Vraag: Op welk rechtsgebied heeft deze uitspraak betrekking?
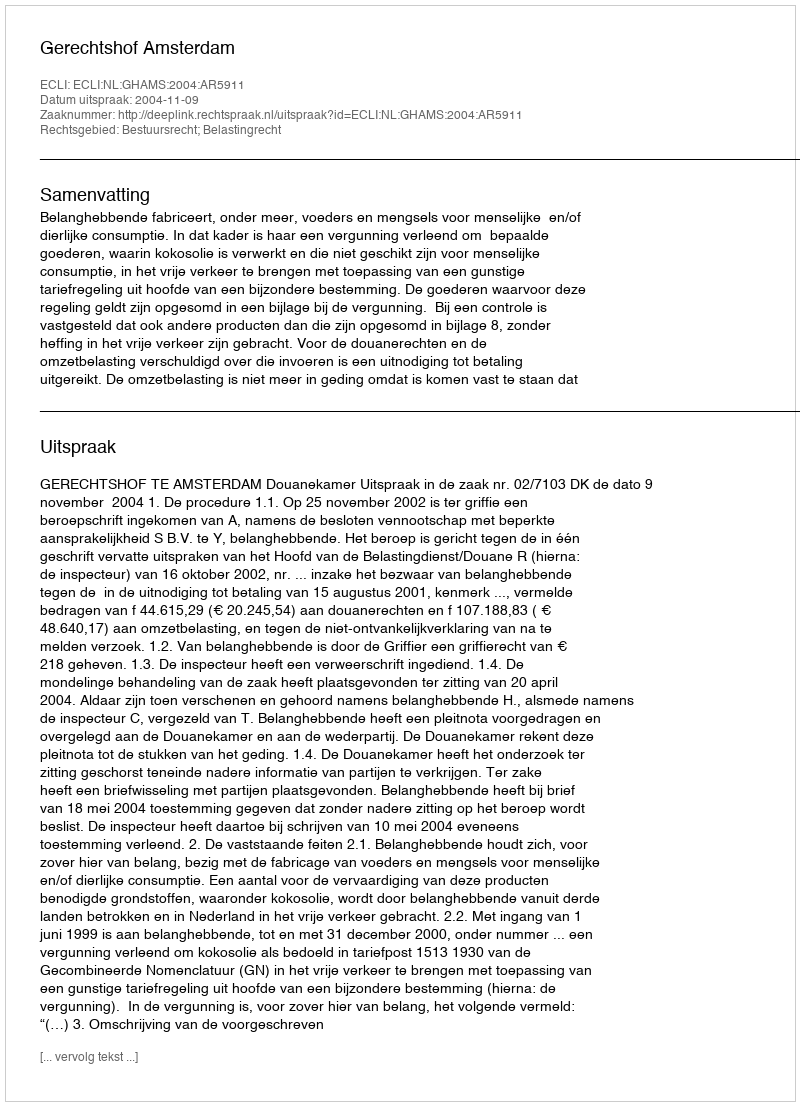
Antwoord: Bestuursrecht; Belastingrecht